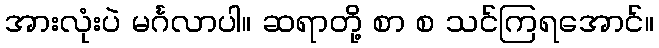
အားလုံးပဲ မင်္ဂလာပါ။ ဆရာတို့ စာ စ သင်ကြရအောင်။